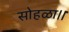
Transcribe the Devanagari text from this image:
सोहळा।।